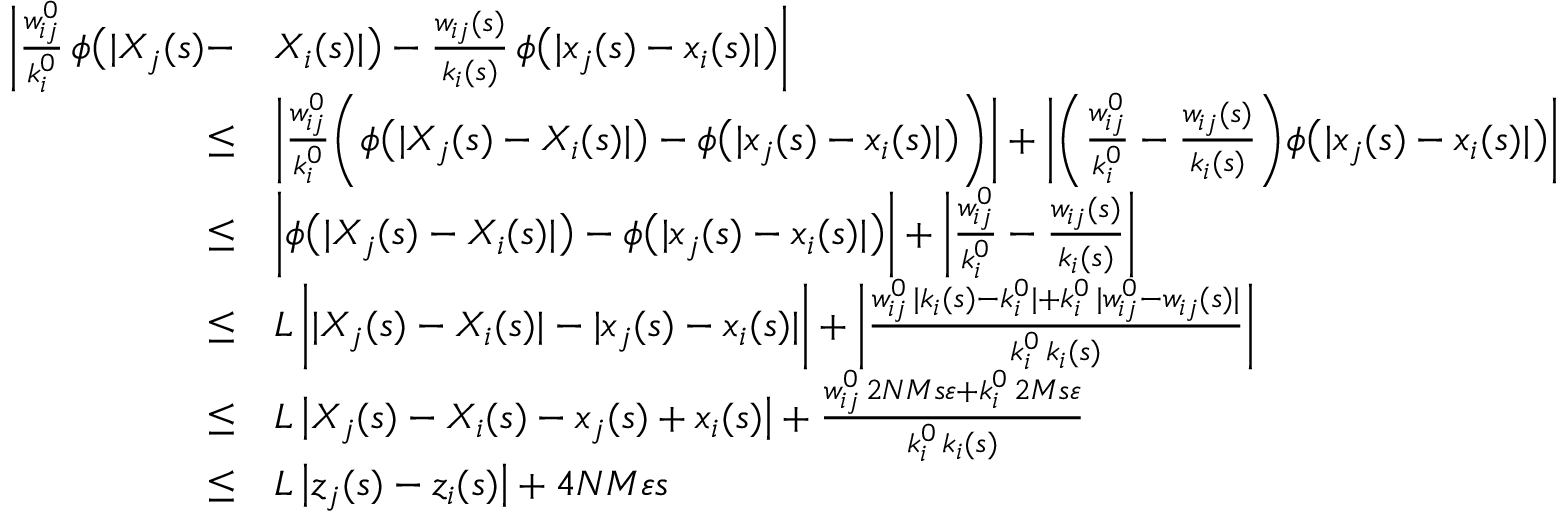
\begin{array} { r l } { \bigg | \frac { w _ { i j } ^ { 0 } } { k _ { i } ^ { 0 } } \, \phi \big ( | X _ { j } ( s ) - } & { X _ { i } ( s ) | \big ) - \frac { w _ { i j } ( s ) } { k _ { i } ( s ) } \, \phi \big ( | x _ { j } ( s ) - x _ { i } ( s ) | \big ) \bigg | } \\ { \leq } & { \bigg | \frac { w _ { i j } ^ { 0 } } { k _ { i } ^ { 0 } } \bigg ( \phi \big ( | X _ { j } ( s ) - X _ { i } ( s ) | \big ) - \phi \big ( | x _ { j } ( s ) - x _ { i } ( s ) | \big ) \bigg ) \bigg | + \bigg | \bigg ( \frac { w _ { i j } ^ { 0 } } { k _ { i } ^ { 0 } } - \frac { w _ { i j } ( s ) } { k _ { i } ( s ) } \bigg ) \phi \big ( | x _ { j } ( s ) - x _ { i } ( s ) | \big ) \bigg | } \\ { \leq } & { \bigg | \phi \big ( | X _ { j } ( s ) - X _ { i } ( s ) | \big ) - \phi \big ( | x _ { j } ( s ) - x _ { i } ( s ) | \big ) \bigg | + \bigg | \frac { w _ { i j } ^ { 0 } } { k _ { i } ^ { 0 } } - \frac { w _ { i j } ( s ) } { k _ { i } ( s ) } \bigg | } \\ { \leq } & { L \, \bigg | | X _ { j } ( s ) - X _ { i } ( s ) | - | x _ { j } ( s ) - x _ { i } ( s ) | \bigg | + \bigg | \frac { w _ { i j } ^ { 0 } \, | k _ { i } ( s ) - k _ { i } ^ { 0 } | + k _ { i } ^ { 0 } \, | w _ { i j } ^ { 0 } - w _ { i j } ( s ) | } { k _ { i } ^ { 0 } \, k _ { i } ( s ) } \bigg | } \\ { \leq } & { L \, \big | X _ { j } ( s ) - X _ { i } ( s ) - x _ { j } ( s ) + x _ { i } ( s ) \big | + \frac { w _ { i j } ^ { 0 } \, 2 N M s \varepsilon + k _ { i } ^ { 0 } \, 2 M s \varepsilon } { k _ { i } ^ { 0 } \, k _ { i } ( s ) } } \\ { \leq } & { L \, \big | z _ { j } ( s ) - z _ { i } ( s ) \big | + 4 N M \varepsilon s } \end{array}